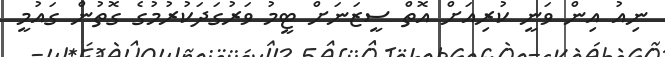
ނިއު އިން ވަނީ ކުރިއަށް އޮތް ސީޒަނަށް ޓީމު ވަރުގަދަކުރުމުގެ ގޮތުން ގައުމީ